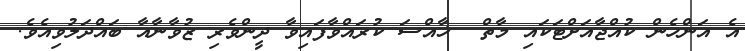
އެ އަންހެން ކުއްޖާއަށްޓަކައި މާތް  ޚާއްސަ ކުރައްވާފައިވާ ދީންވެރި ޒުވާނާއާ ބައްދަލުވިއެވެ.